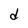
Character: d